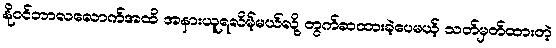
နိုဝင်ဘာလလောက်အထိ အနားယူရလိမ့်မယ်လို့ တွက်ဆထားခဲ့ပေမယ့် သတ်မှတ်ထားတဲ့